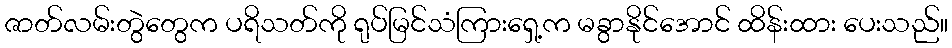
ဇာတ်လမ်းတွဲတွေက ပရိသတ်ကို ရုပ်မြင်သံကြားရှေ့က မခွာနိုင်အောင် ထိန်းထား ပေးသည်။